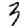
Digit: 3